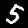
Digit: 5